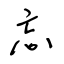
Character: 忘